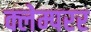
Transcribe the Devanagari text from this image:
क्लेम्परर